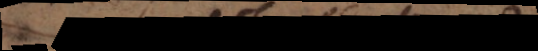
s t